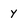
Character: y